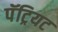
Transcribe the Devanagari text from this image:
पॅट्रियट